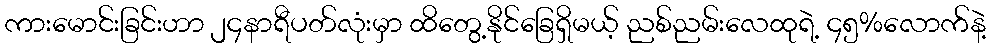
ကားမောင်းခြင်းဟာ ၂၄နာရီပတ်လုံးမှာ ထိတွေ့နိုင်ခြေရှိမယ့် ညစ်ညမ်းလေထုရဲ့ ၄၅%လောက်နဲ့